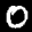
Label: 0